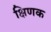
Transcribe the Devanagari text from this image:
क्षिणक